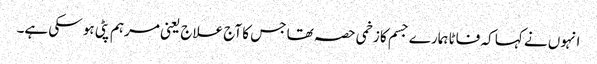
انہوں نے کہا کہ فاٹا ہمارے جسم کا زخمی حصہ تھا جس کا آج علاج یعنی مرہم پٹی ہو سکی ہے۔